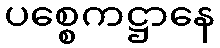
ပစ္စေကဋ္ဌာနေ